Vaccination Hyderabad 1872-1889 - 1872-1889
Year: 1872
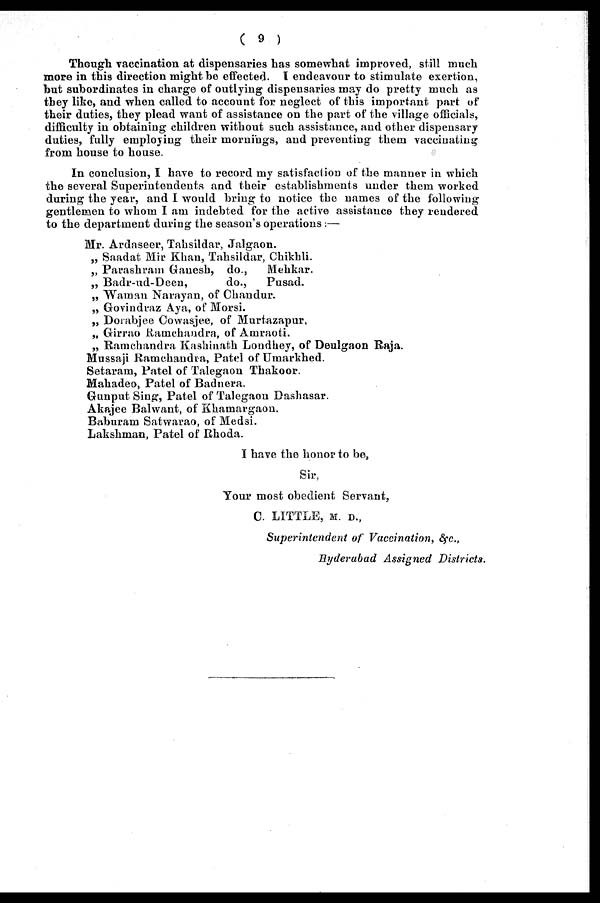
( 9 )
Though vaccination at dispensaries has somewhat improved, still much
more in this direction might be effected. I endeavour to stimulate exertion,
but subordinates in charge of outlying dispensaries may do pretty much as
they like, and when called to account for neglect of this important part of
their duties, they plead want of assistance on the part of the village officials,
difficulty in obtaining children without such assistance, and other dispensary
duties, fully employing their mornings, and preventing them vaccinating
from house to house.
In conclusion, I have to record my satisfaction of the manner in which
the several Superintendents and their establishments under them worked
during the year, and I would bring to notice the names of the following
gentlemen to whom I am indebted for the active assistance they rendered
to the department during the season's operations:—
Mr. Ardaseer, Tahsildar, Jalgaon.
„ Saadat Mir Khan, Tahsildar, Chikhli.
„ Parashram Ganesh, do.,
Mehkar.
„ Badr-ud-Deen,
do.,
Pusad.
„ Waman Narayan, of Chandur.
„ Govindraz Aya, of Morsi.
„ Dorabjee Cowasjee, of Murtazapur.
„ Girrao Ramchandra, of Amraoti.
„ Ramchandra Kashinath Londhey, of Deulgaon Raja.
Mussaji Ramchandra, Patel of Umarkhed.
Setaram, Patel of Talegaon Thakoor.
Mahadeo, Patel of Badnera.
Gunput Sing, Patel of Talegaon Dashasar.
Akajee Balwant, of Khamargaon.
Baburam Satwarao, of Medsi.
Lakshman, Patel of Rhoda.
I have the honor to be,
Sir,
Your most obedient Servant,
C. LITTLE, M. D.,
Superintendent of Vaccination, &c.,
Hyderabad Assigned Districts.